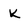
Character: K